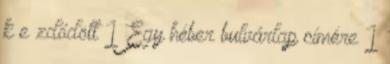
k e zdődött 1 Egy héber bulvárlap címére 1